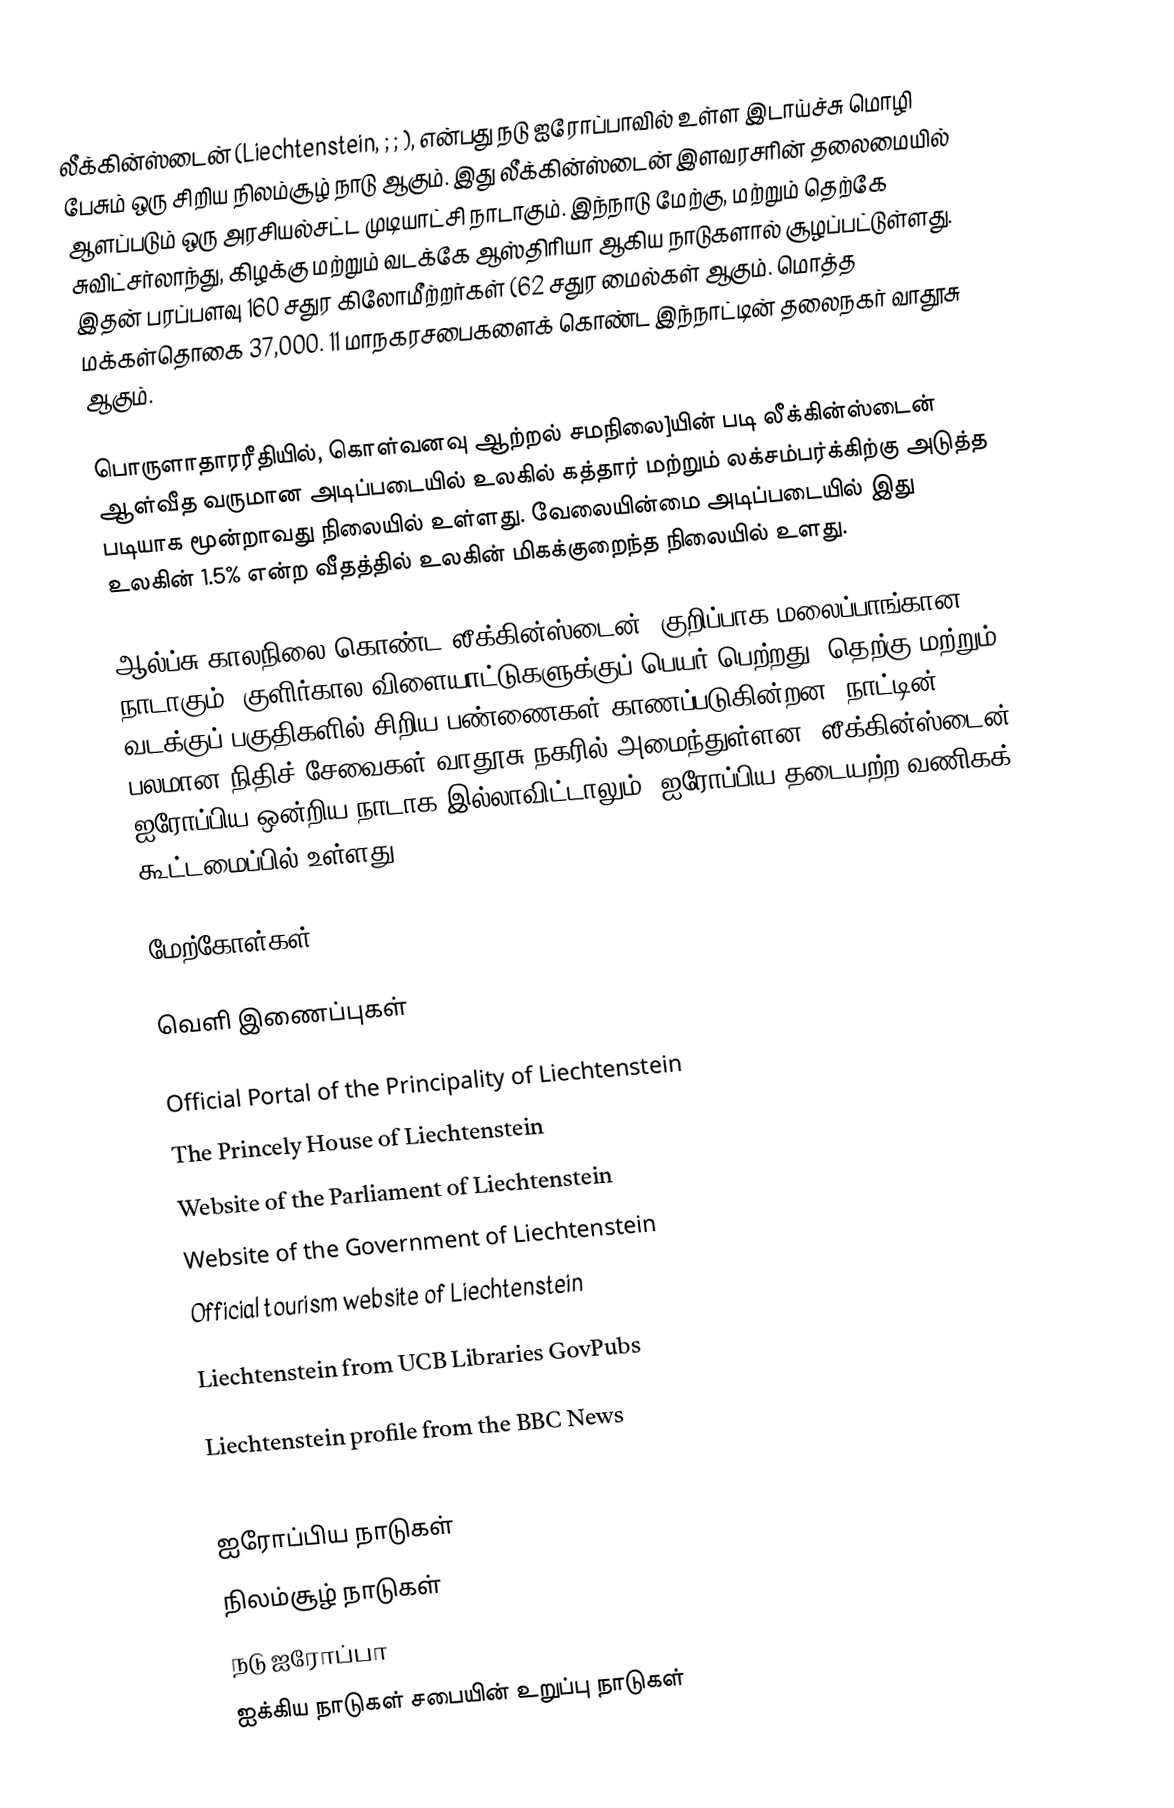
லீக்கின்ஸ்டைன் (Liechtenstein, ; ; ), என்பது நடு ஐரோப்பாவில் உள்ள இடாய்ச்சு மொழி பேசும் ஒரு சிறிய நிலம்சூழ் நாடு ஆகும். இது லீக்கின்ஸ்டைன் இளவரசரின் தலைமையில் ஆளப்படும் ஒரு அரசியல்சட்ட முடியாட்சி நாடாகும். இந்நாடு மேற்கு, மற்றும் தெற்கே சுவிட்சர்லாந்து, கிழக்கு மற்றும் வடக்கே ஆஸ்திரியா ஆகிய நாடுகளால் சூழப்பட்டுள்ளது. இதன் பரப்பளவு 160 சதுர கிலோமீற்றர்கள் (62 சதுர மைல்கள் ஆகும். மொத்த மக்கள்தொகை 37,000. 11 மாநகரசபைகளைக் கொண்ட இந்நாட்டின் தலைநகர் வாதூசு ஆகும்.

பொருளாதாரரீதியில், கொள்வனவு ஆற்றல் சமநிலை]யின் படி லீக்கின்ஸ்டைன் ஆள்வீத வருமான அடிப்படையில் உலகில் கத்தார் மற்றும் லக்சம்பர்க்கிற்கு அடுத்த படியாக மூன்றாவது நிலையில் உள்ளது. வேலையின்மை அடிப்படையில் இது உலகின் 1.5% என்ற வீதத்தில் உலகின் மிகக்குறைந்த நிலையில் உளது.

ஆல்ப்சு காலநிலை கொண்ட லீக்கின்ஸ்டைன், குறிப்பாக மலைப்பாங்கான நாடாகும். குளிர்கால விளையாட்டுகளுக்குப் பெயர் பெற்றது. தெற்கு மற்றும் வடக்குப் பகுதிகளில் சிறிய பண்ணைகள் காணப்படுகின்றன. நாட்டின் பலமான நிதிச் சேவைகள் வாதூசு நகரில் அமைந்துள்ளன. லீக்கின்ஸ்டைன் ஐரோப்பிய ஒன்றிய நாடாக இல்லாவிட்டாலும், ஐரோப்பிய தடையற்ற வணிகக் கூட்டமைப்பில் உள்ளது.

மேற்கோள்கள்

வெளி இணைப்புகள்

 Official Portal of the Principality of Liechtenstein
 The Princely House of Liechtenstein
 Website of the Parliament of Liechtenstein
 Website of the Government of Liechtenstein
 Official tourism website of Liechtenstein

 Liechtenstein  from UCB Libraries GovPubs

 Liechtenstein profile from the BBC News

ஐரோப்பிய நாடுகள்
நிலம்சூழ் நாடுகள்
நடு ஐரோப்பா
ஐக்கிய நாடுகள் சபையின் உறுப்பு நாடுகள்